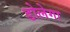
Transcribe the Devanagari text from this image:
डोलेगा